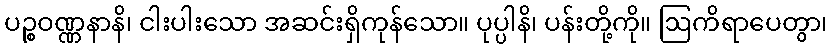
ပဉ္စဝဏ္ဏနာနိ၊ ငါးပါးသော အဆင်းရှိကုန်သော။ ပုပ္ပါနိ၊ ပန်းတို့ကို။ ဩကိရာပေတွာ၊